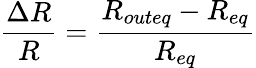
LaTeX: \frac{\Delta R}{R}=\frac{R_{outeq}-R_{eq}}{R_{eq}}